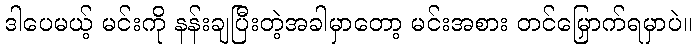
ဒါပေမယ့် မင်းကို နန်းချပြီးတဲ့အခါမှာတော့ မင်းအစား တင်မြှောက်ရမှာပဲ။